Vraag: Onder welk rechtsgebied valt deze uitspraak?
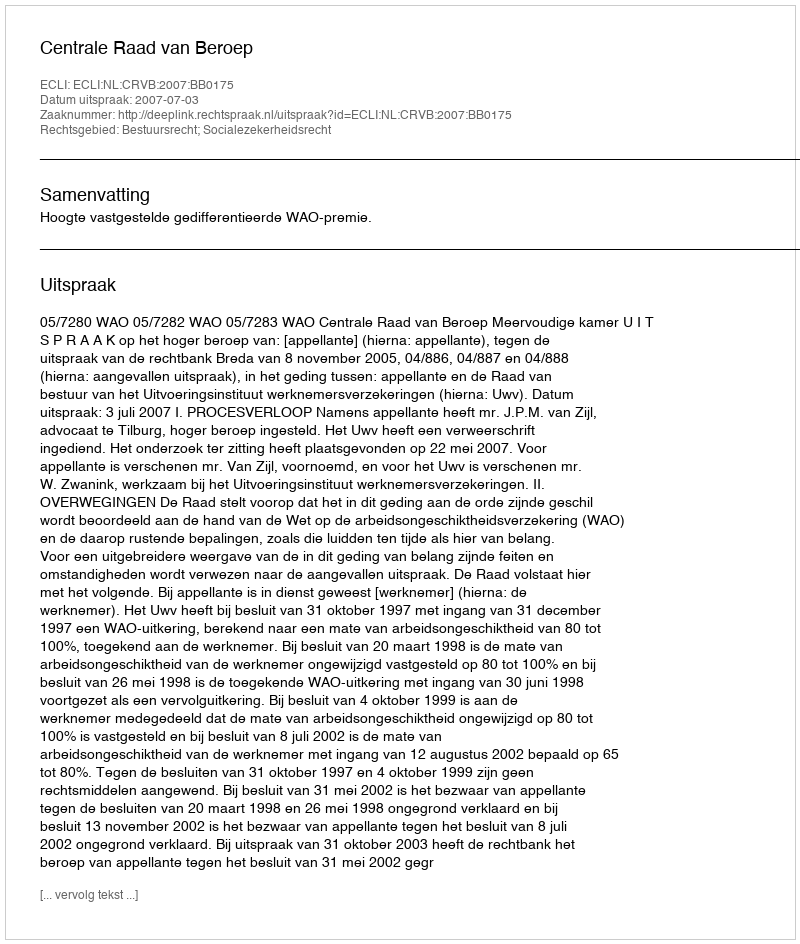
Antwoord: Bestuursrecht; Socialezekerheidsrecht